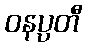
ဝနပ္ပတီ